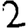
Digit: 2